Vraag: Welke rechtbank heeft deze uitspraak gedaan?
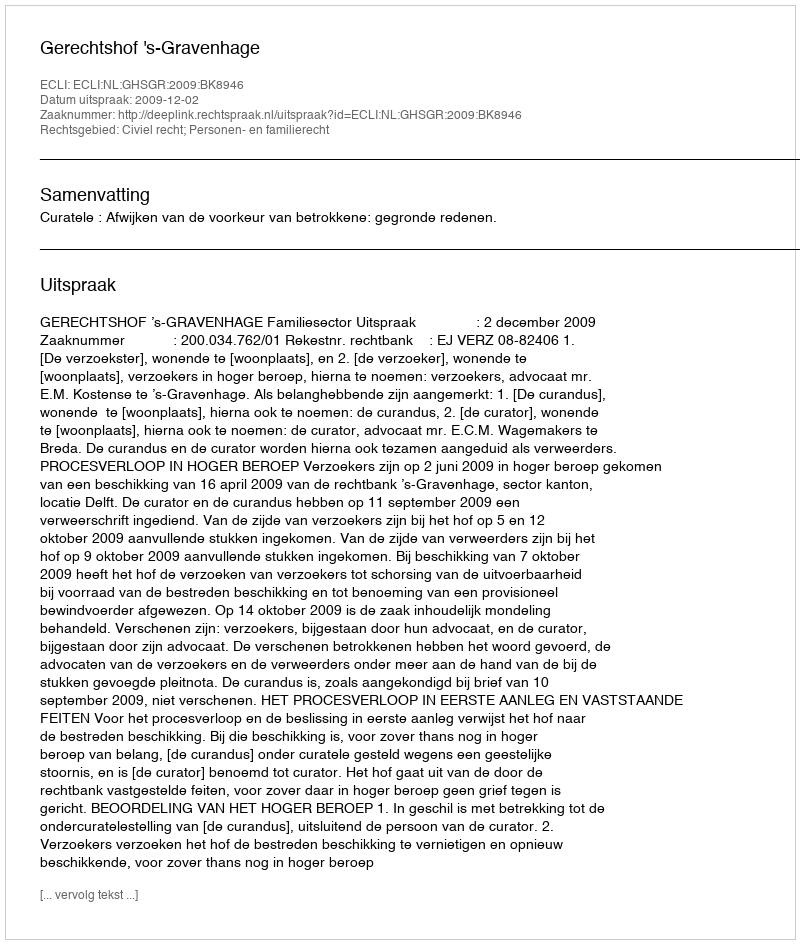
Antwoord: Gerechtshof 's-Gravenhage